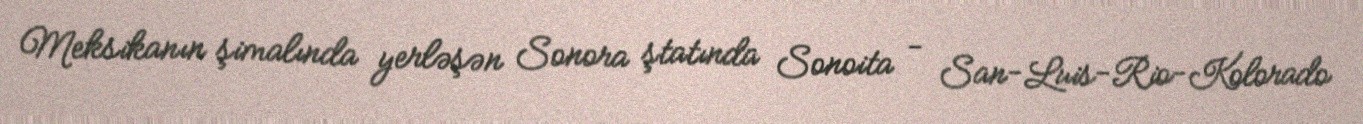
Meksikanın şimalında yerləşən Sonora ştatında Sonoita - San-Luis-Rio-Kolorado